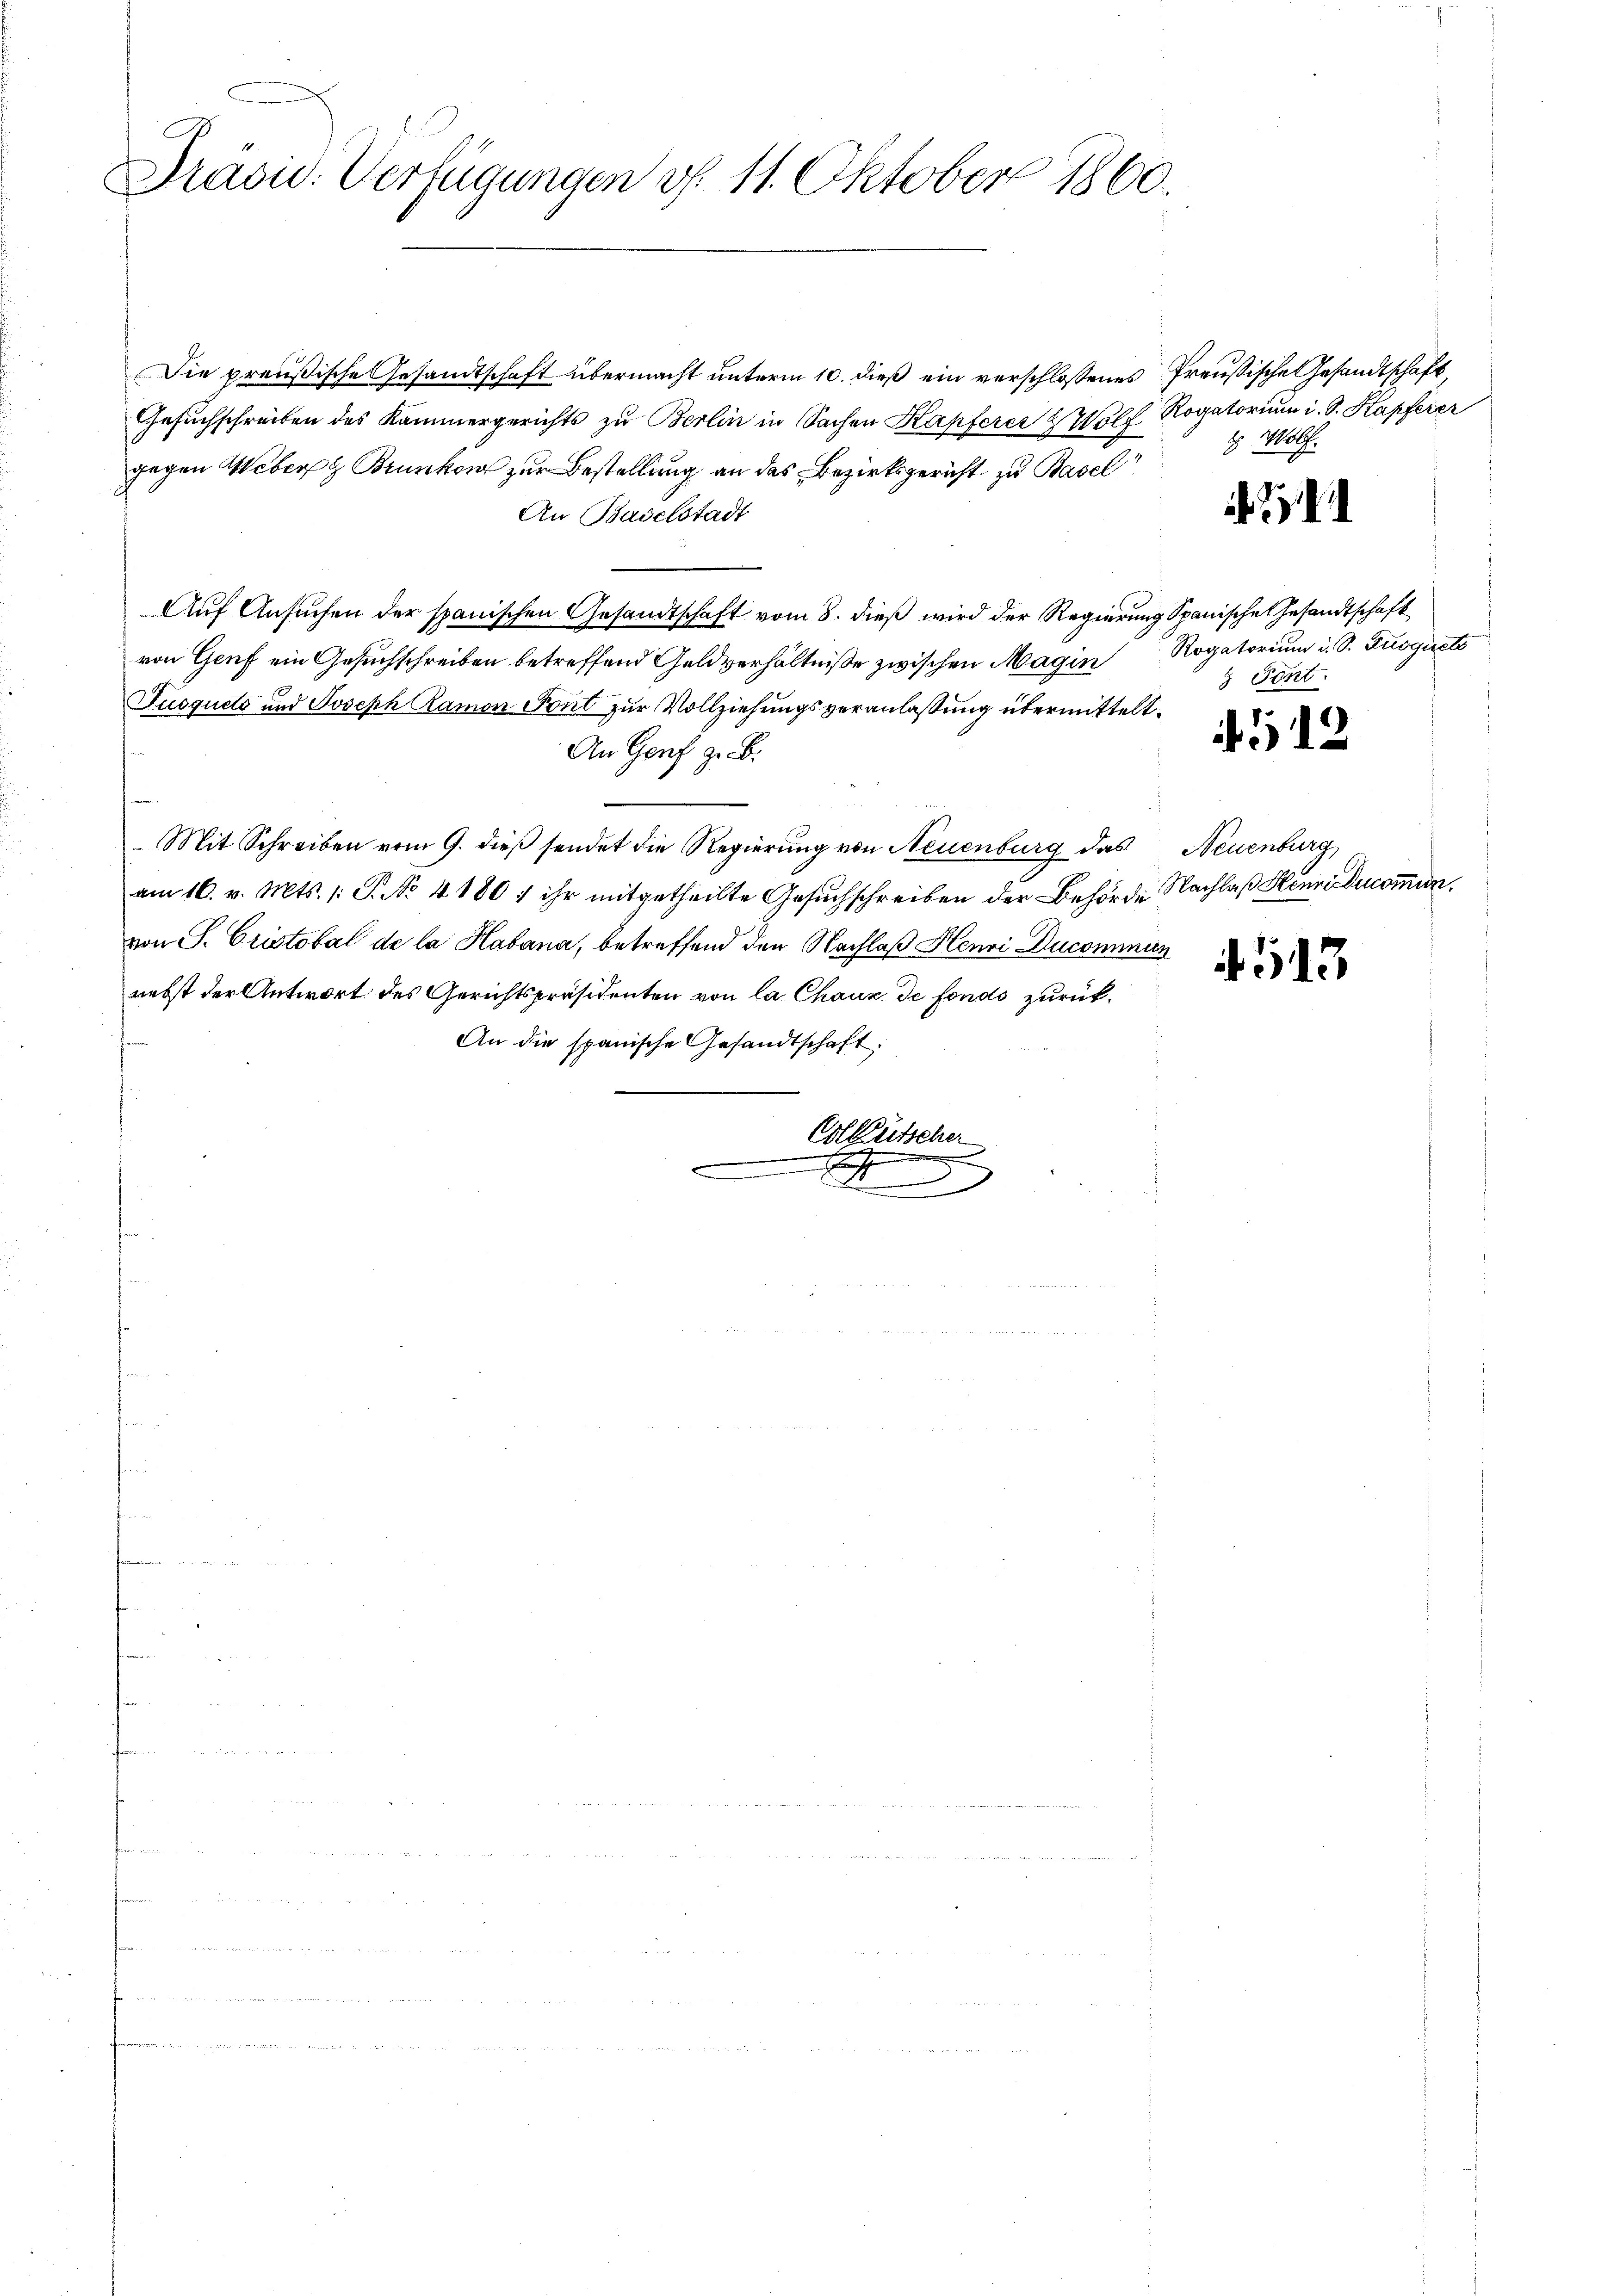
Präsid. Verfügungen d. 11. Oktober 1860.

Die preußische Gesandtschaft übermacht unterm 10. dieß ein verschlossenes Preußische Gesandtschaft,
Gesuchschreiben des Kammergerichts zu Berlin in Sachen Kapferer Wolf Rogatorium i. S. Kapferer
gegen Weber Brunken zur Bestellung an das Bezirksgericht zu Basel
An Baselstadt
Auf Ansuchen der spanischen Gesandtschaft vom 8. dieß wird der Regierung Spanische Gesandtschaft
von Genf ein Gesuchschreiben betreffend Geldverhältniße zwischen Magin Rogatorium u. S. Droguets
Jusquets und Joseph Ramon Pont zur Vollziehungsveranlaßung übermittelt.
An Genf z. B.
Mit Schreiben vom 9. dieß sendet die Regierung von Neuenburg das Neuenburg
am 16. v. Mts. 1: P. No. 41801 ihr mitgetheilte Gesŭchschreiben der Behörde Nachlaβ Henri Ducommun
von S. Cristotal de la Habana, betreffend den Nachlaß Henri Ducommun
nebst der Antwort des Gerichtspräsidenten von la Chaux de fondo zurück¬
An die spanische Gesandtschaft:
Ertlütscher
.
x

Wölf.

Pont

412

4513